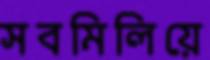
সবমিলিয়ে